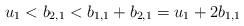
LaTeX: \begin{align*}u_1 < b_{2,1} < b_{1,1} + b_{2,1} = u_1+2b_{1,1}\end{align*}